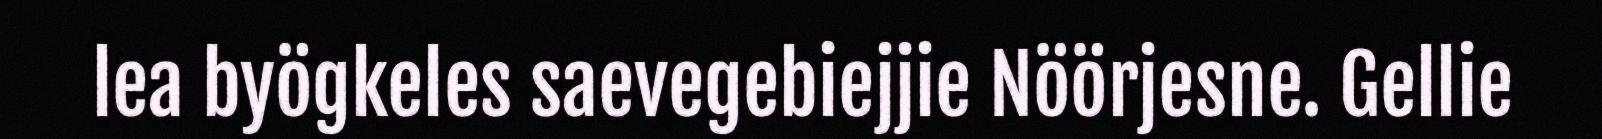
lea byögkeles saevegebiejjie Nöörjesne. Gellie